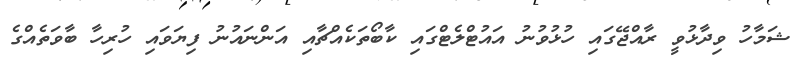
ޝަމާހު ވިދާޅުވީ ރާއްޖޭގައި ހުޅުވުނު އައުޓްލެޓްގައި ކާބޯތަކެއްޗާއި އަންނައުނު ފިޔަވައި ހުރިހާ ބާވަތެއްގެ